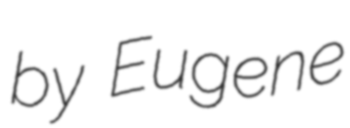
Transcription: by Eugene